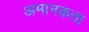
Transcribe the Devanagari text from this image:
अमानकता